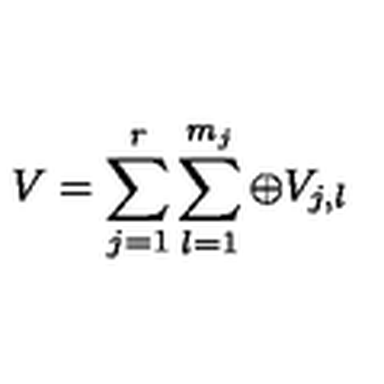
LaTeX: V = \sum _ { j = 1 } ^ { r } \sum _ { l = 1 } ^ { m _ { j } } \oplus V _ { j , l }